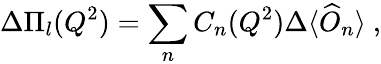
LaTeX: \Delta\Pi_{l}(Q^{2})=\sum_{n}C_{n}(Q^{2})\Delta\langle\widehat{O}_{n}\rangle\ ,